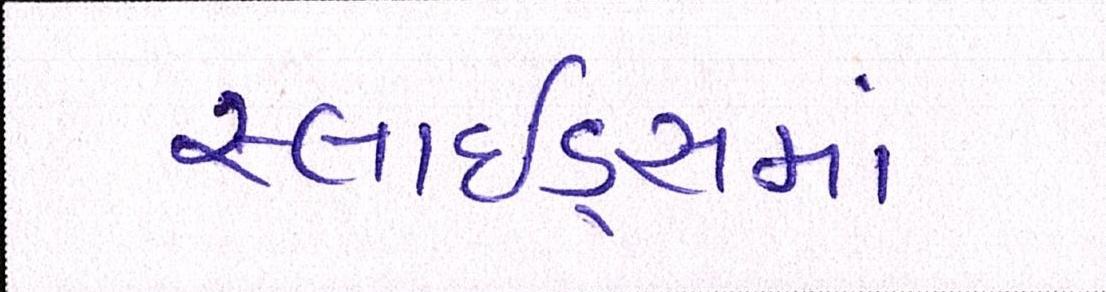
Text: સ્લાઇડ્સમાં